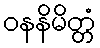
ဝနနိမိတ္တံ